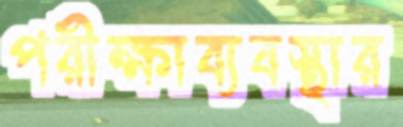
পরীক্ষাব্যবস্থার